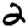
Digit: 2